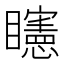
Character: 𥌷